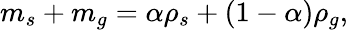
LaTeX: m_{s}+m_{g}=\alpha\rho_{s}+(1-\alpha)\rho_{g},